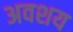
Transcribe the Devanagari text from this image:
अवशय